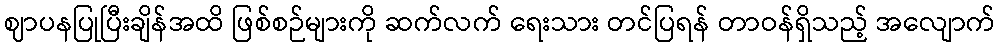
ဈာပနပြုပြီးချိန်အထိ ဖြစ်စဉ်များကို ဆက်လက် ရေးသား တင်ပြရန် တာဝန်ရှိသည့် အလျောက်